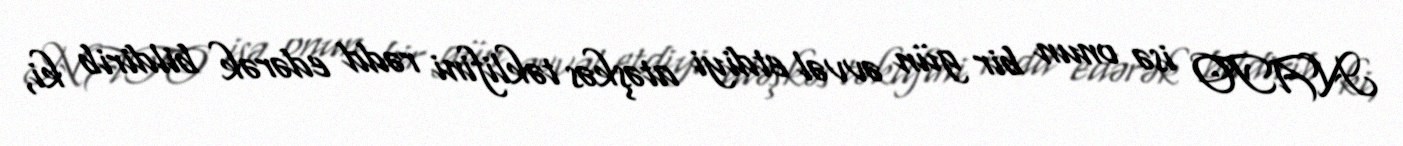
NATO isə onun bir gün əvvəl etdiyi atəşkəs təklifini rədd edərək bildirib ki,